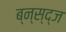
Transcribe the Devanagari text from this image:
ब्न्स्द्ज